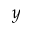
y